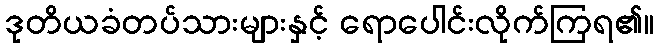
ဒုတိယခံတပ်သားများနှင့် ရောပေါင်းလိုက်ကြရ၏။